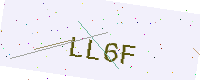
Text: LL6F